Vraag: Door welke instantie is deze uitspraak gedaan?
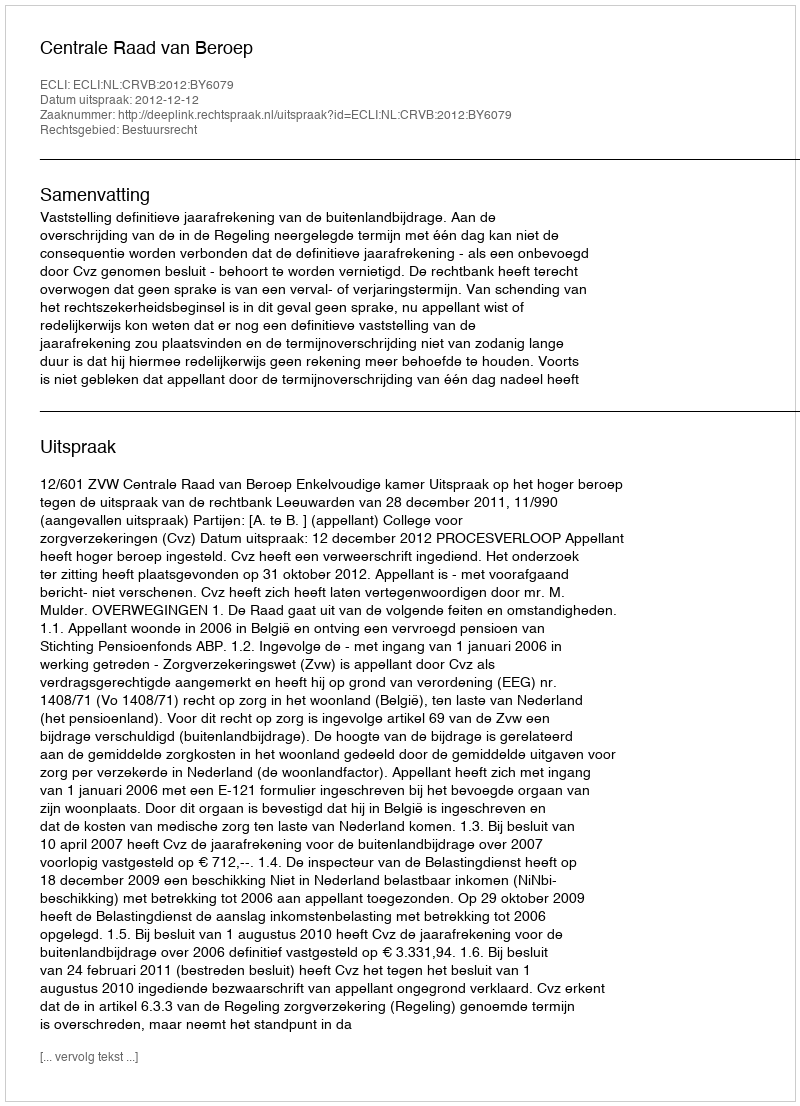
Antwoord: Centrale Raad van Beroep